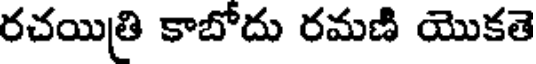
రచయిత్రి కాబోదు రమణి యొకతె